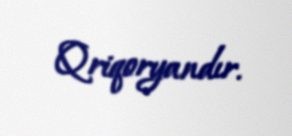
Qriqoryandır.